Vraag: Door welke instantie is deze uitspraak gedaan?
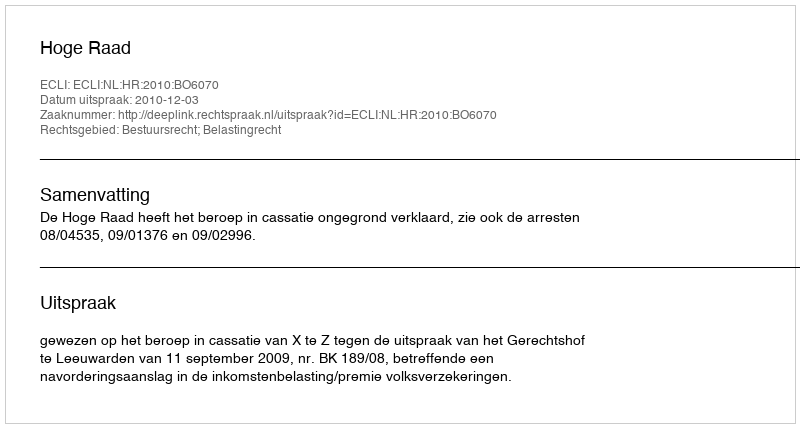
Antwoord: Hoge Raad